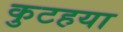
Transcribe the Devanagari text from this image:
कुटहया